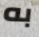
به